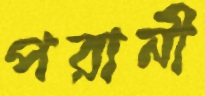
পরানী